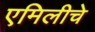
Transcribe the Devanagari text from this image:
एमिलीचे